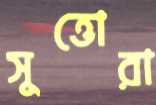
সুত্তোরা